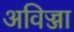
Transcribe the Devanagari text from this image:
अविज्जा